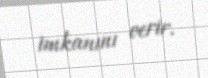
imkanını verir.